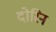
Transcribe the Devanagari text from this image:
दोरिन